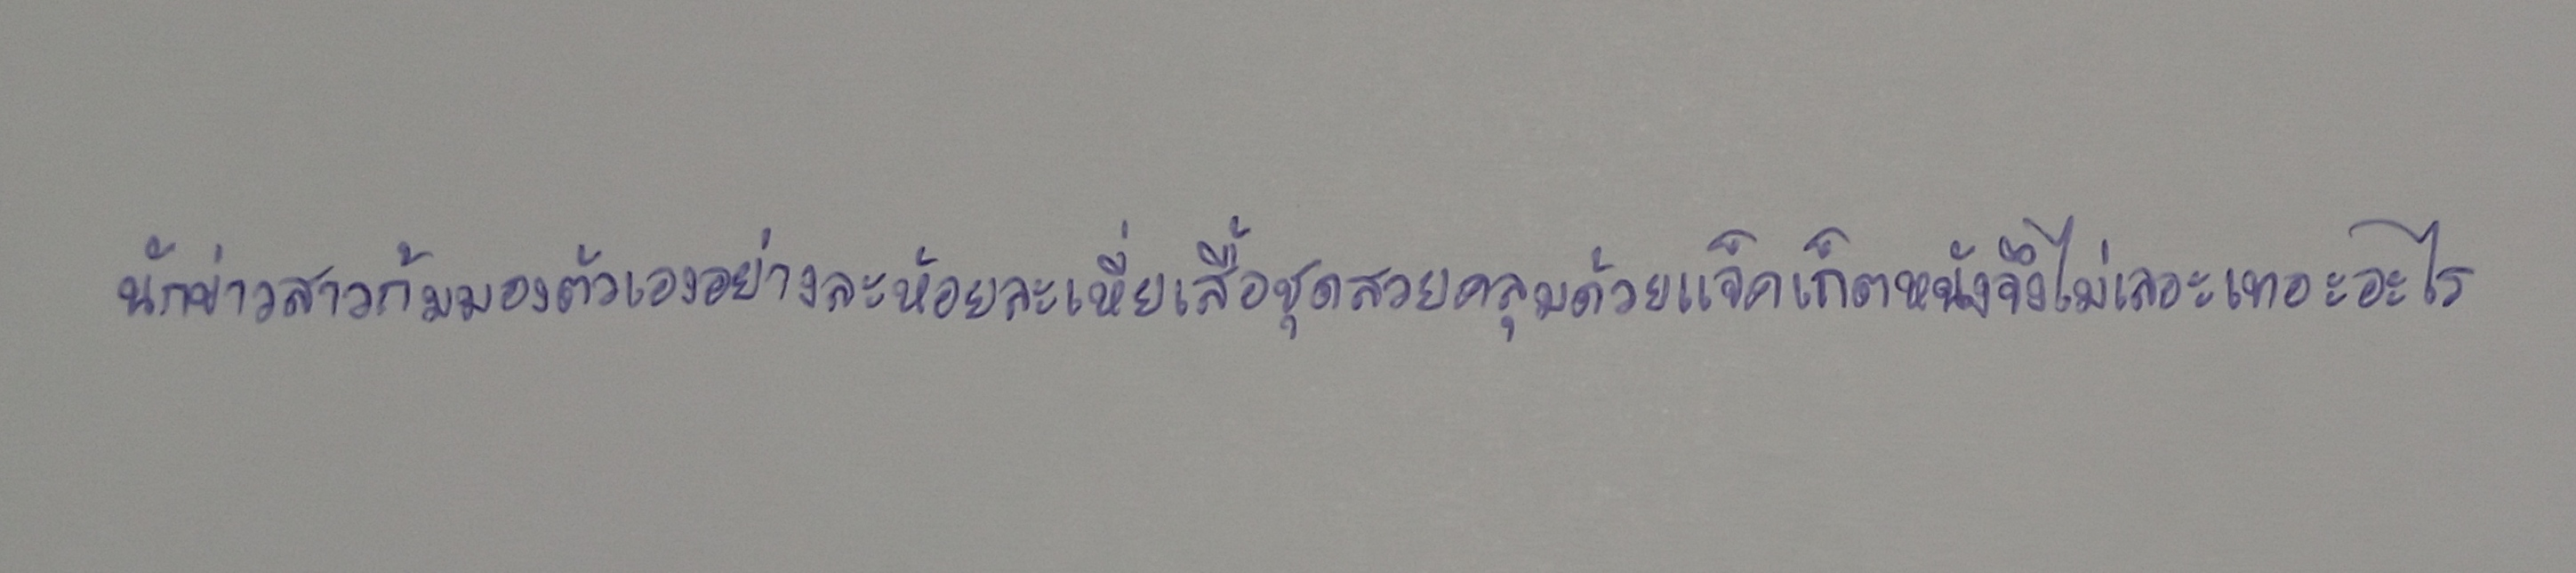
นักข่าวสาวก้มมองตัวเองอย่างละห้อยละเหี่ยเสื้อชุดสวยคลุมด้วยแจ็คเก็ตหนังจึงไม่เลอะเทอะอะไร